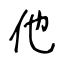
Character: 他